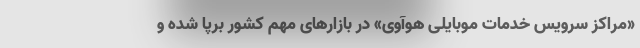
«مراکز سرویس خدمات موبایلی هوآوی» در بازارهای مهم کشور برپا شده و